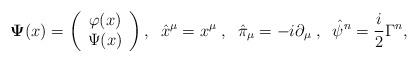
LaTeX: \begin{align*}{\bf \Psi}(x)=\left(\begin{array}{c}\varphi(x)\\\Psi(x)\end{array}\right),\;\; \hat{x}^\mu=x^\mu\;,\;\;\hat{\pi}_\mu=-i\partial_\mu\;, \;\;\hat{\psi}^n=\frac{i}{2}\Gamma^n,\end{align*}